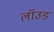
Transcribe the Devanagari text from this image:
लॉउड